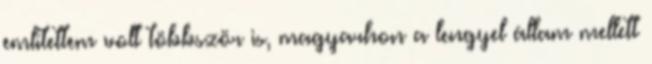
említettem volt többször is, magyarhon a lengyel állam mellett